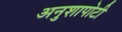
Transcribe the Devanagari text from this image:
अनुशापोटी